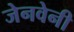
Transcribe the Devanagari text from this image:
जेनवेनी